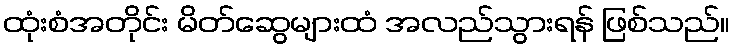
ထုံးစံအတိုင်း မိတ်ဆွေများထံ အလည်သွားရန် ဖြစ်သည်။